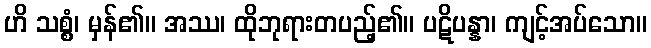
ဟိ သစ္စံ၊ မှန်၏။ အဿ၊ ထိုဘုရားတပည့်၏။ ပဋိပန္နာ၊ ကျင့်အပ်သော။